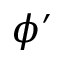
\phi ^ { \prime }